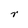
Character: r